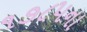
૧૭૮૫ના